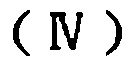
$(\mathrm{IV})$